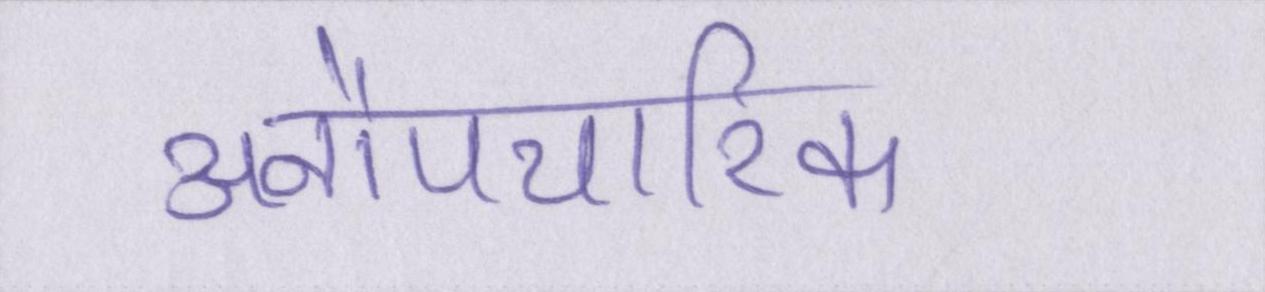
अनौपचारिक